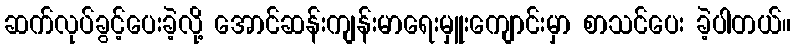
ဆက်လုပ်ခွင့်ပေးခဲ့လို့ အောင်ဆန်းကျန်းမာရေးမှူးကျောင်းမှာ စာသင်ပေး ခဲ့ပါတယ်။